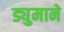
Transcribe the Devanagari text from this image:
ड्युमाने